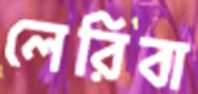
লেরিবা